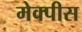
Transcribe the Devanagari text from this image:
मेक्पीस